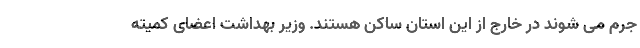
جرم می شوند در خارج از این استان ساکن هستند. وزیر بهداشت اعضای کمیته